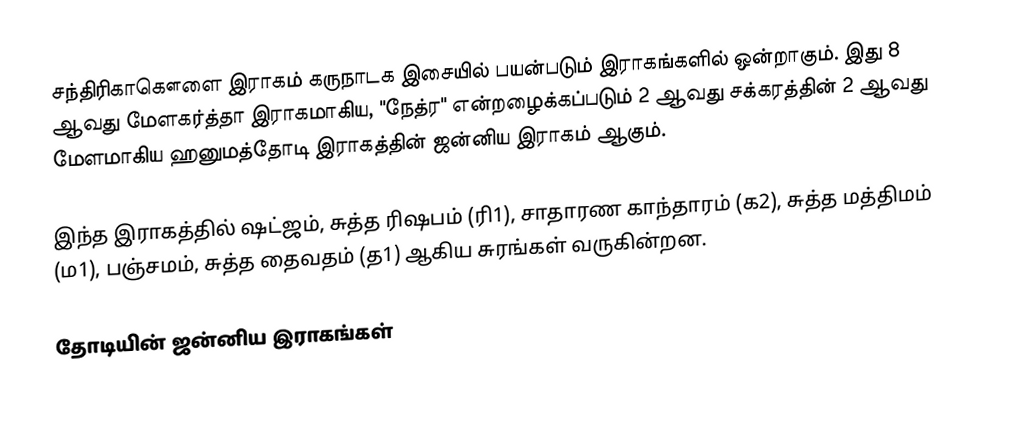
சந்திரிகாகௌளை இராகம் கருநாடக இசையில் பயன்படும் இராகங்களில் ஒன்றாகும். இது 8 ஆவது மேளகர்த்தா இராகமாகிய, "நேத்ர" என்றழைக்கப்படும் 2 ஆவது சக்கரத்தின் 2 ஆவது மேளமாகிய ஹனுமத்தோடி இராகத்தின் ஜன்னிய இராகம் ஆகும்.

இந்த இராகத்தில் ஷட்ஜம், சுத்த ரிஷபம் (ரி1),  சாதாரண காந்தாரம் (க2), சுத்த மத்திமம் (ம1), பஞ்சமம், சுத்த தைவதம் (த1) ஆகிய சுரங்கள் வருகின்றன.

தோடியின் ஜன்னிய இராகங்கள்